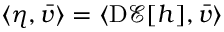
\langle \eta , \bar { v } \rangle = \langle \mathrm { D } \mathcal { E } [ h ] , \bar { v } \rangle